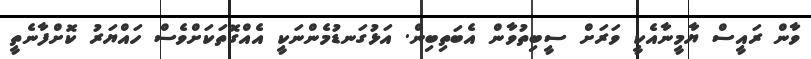
ވާން ރައީސް ޔާމީނާއެކީ ވަރަށް ސީބިތުވާން އެބަތިބިން. އަޅުގަނޑުމެންނަކީ އެއްގޮތަކަށްވެސް ހައްޔަރު ކޮށްފާނެތީ